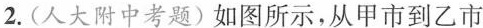
2.(人大附中考题)如图所示，从甲市到乙市